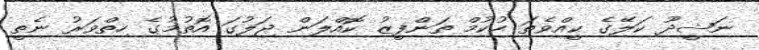
ނަޝީދޫ ކަލޭގެ ކީއްވެތަ ހުކުމް ތަންފީޒު ކޮއްލަން ޖަލުގަ އޮތުމުގެ ހިތްވަރު ނެތީ